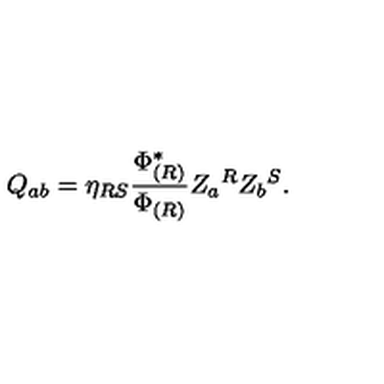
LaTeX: Q _ { a b } = \eta _ { R S } { \frac { \Phi _ { ( R ) } ^ { * } } { \Phi _ { ( R ) } } } Z _ { a } { } ^ { R } Z _ { b } { } ^ { S } .